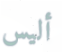
أليس